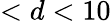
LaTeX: <d<10